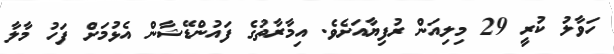
ހަވާލު ކުރީ 29 މިލިއަން ރުފިޔާއަށެވެ. އިމާރާތުގެ ފައުންޑޭޝާން އެޅުމަށް ފަހު މާލާ